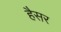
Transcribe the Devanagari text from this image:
हैसर